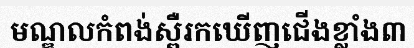
មណ្ឌលកំពង់ស្ពឺរកឃើញជើងខ្លាំង៣